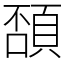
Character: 䫊